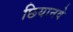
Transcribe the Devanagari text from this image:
छियानवे